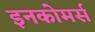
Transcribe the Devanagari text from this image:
इनकोमर्स